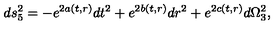
d s _ { 5 } ^ { 2 } = - e ^ { 2 a ( t , r ) } d t ^ { 2 } + e ^ { 2 b ( t , r ) } d r ^ { 2 } + e ^ { 2 c ( t , r ) } d \Omega _ { 3 } ^ { 2 } ,